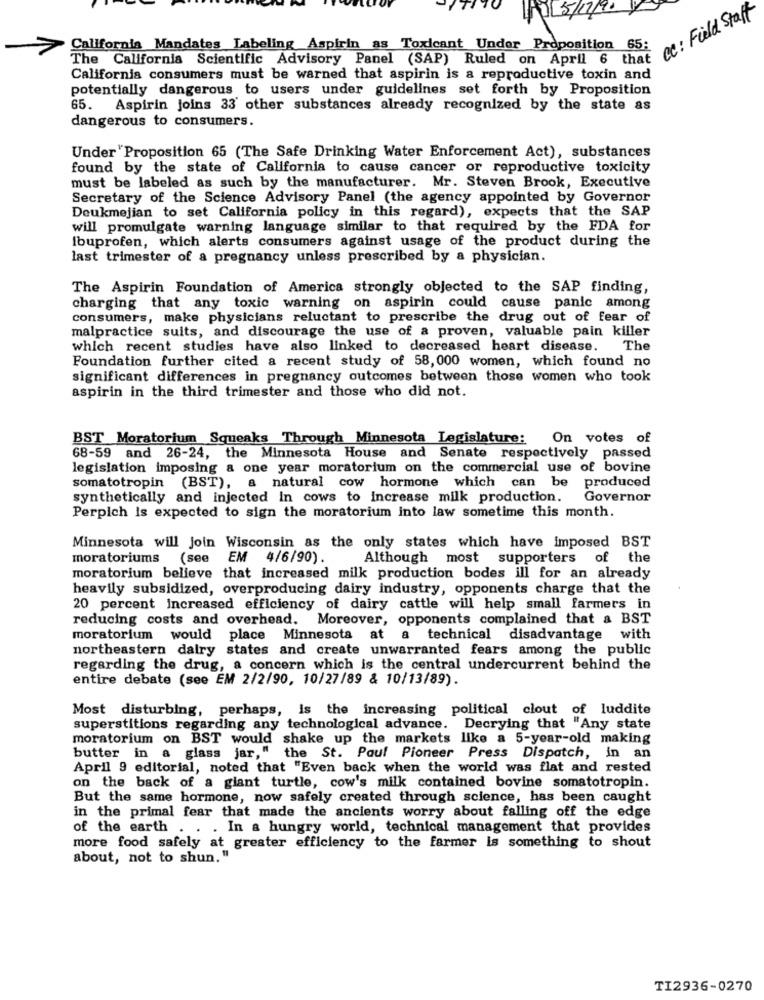
15/1
cc: Field Staff
California Mandates Labeling Aspirin as Toxicant Under Proposition 65:
The California Scientific Advisory Panel (SAP) Ruled on April 6 that
California consumers must be warned that aspirin is a reproductive toxin and
potentially dangerous to users under guidelines set forth by Proposition
65. Aspirin Joins 33' other substances already recognized by the state as
dangerous to consumers.
Under "Proposition 65 (The Safe Drinking Water Enforcement Act), substances
found by the state of California to cause cancer or reproductive toxicity
must be labeled as such by the manufacturer. Mr. Steven Brook, Executive
Secretary of the Science Advisory Panel (the agency appointed by Governor
Deukmejian to set California policy in this regard), expects that the SAP
will promulgate warning language similar to that required by the FDA for
Ibuprofen, which alerts consumers against usage of the product during the
last trimester of a pregnancy unless prescribed by a physician.
The Aspirin Foundation of America strongly objected to the SAP finding,
charging that any toxic warning on aspirin could cause panic among
consumers, make physicians reluctant to prescribe the drug out of fear of
malpractice suits, and discourage the use of a proven, valuable pain killer
which recent studies have also linked to decreased heart disease. The
Foundation further cited a recent study of 58,000 women, which found no
significant differences in pregnancy outcomes between those women who took
aspirin in the third trimester and those who did not.
BST Moratorium Squeaks Through Minnesota Legislature: On votes of
68-59 and 26-24, the Minnesota House and Senate respectively passed
legislation imposing a one year moratorium on the commercial use of bovine
somatotropin (BST), a natural cow hormone which can be produced
synthetically and injected In cows to increase milk production.
Governor
Perpich is expected to sign the moratorium into law sometime this month.
Minnesota will Join Wisconsin as the only states which have imposed BST
moratoriums (see EM 4/6/90).
Although most supporters of the
moratorium believe that increased milk production bodes ill for an already
heavily subsidized, overproducing dairy industry, opponents charge that the
20 percent increased efficiency of dairy cattle will help small farmers in
reducing costs and overhead. Moreover, opponents complained that a BST
moratorium would place Minnesota at a technical disadvantage with
northeastern dalry states and create unwarranted fears among the public
regarding the drug, a concern which is the central undercurrent behind the
entire debate (see EM 2/2/90, 10/27/89 & 10/13/89).
Most disturbing, perhaps, is the increasing political clout of luddite
superstitions regarding any technological advance. Decrying that "Any state
moratorium on BST would shake up the markets like a 5-year-old making
butter in a glass jar," the St. Paul Pioneer Press Dispatch, in an
April 9 editorial, noted that "Even back when the world was flat and rested
on the back of a giant turtle, cow's milk contained bovine somatotropin.
But the same hormone, now safely created through science, has been caught
in the primal fear that made the ancients worry about falling off the edge
of the earth .
. In a hungry world, technical management that provides
more food safely at greater efficiency to the farmer is something to shout
about, not to shun. "
TI2936-0270